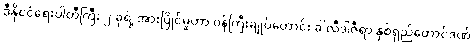
ဒီနိုင်ငံရေးပါတီကြီး ၂ ခုရဲ့ အားပြိုင်မှုဟာ ဝန်ကြီးချုပ်ဟောင်း ခါလီဒါဇီရာ နှစ်ရှည်ထောင်ဒဏ်